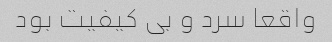
واقعا سرد و بی کیفیت بود